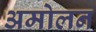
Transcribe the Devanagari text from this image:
अमोलन